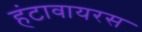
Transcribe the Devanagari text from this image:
हंटावायरस